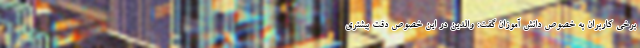
برخی کاربران به خصوص دانش آموزان گفت: والدین در این خصوص دقت بیشتری